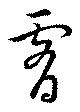
霄